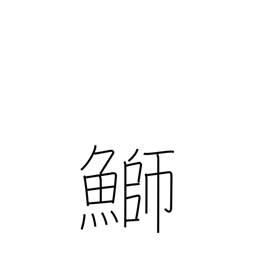
Meaning: yellowtail